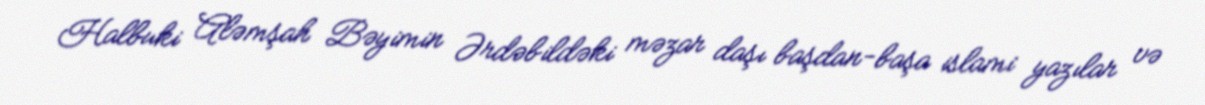
Halbuki Aləmşah Bəyimin Ərdəbildəki məzar daşı başdan-başa islami yazılar və